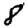
Digit: 8